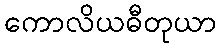
ကောလိယဓီတုယာ